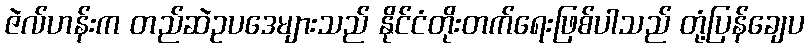
ဇဲလ်ဟန်းက တည်ဆဲဥပဒေများသည် နိုင်ငံတိုးတက်ရေးဖြစ်ပါသည် တုံ့ပြန်ချေပ